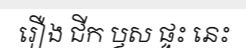
រឿង ជីក ឫស ផ្ទះ នេះ